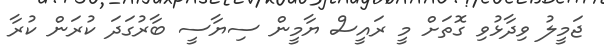
ޖަމީލު ވިދާޅުވި ގޮތަށް މީ ރައީސް ޔާމީން ސިޔާސީ ބާރުގަދަ ކުރަން ކުރާ